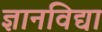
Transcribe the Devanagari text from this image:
ज्ञानविद्या